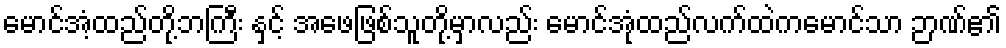
မောင်အံ့ထည်တို့ဘကြီး နှင့် အဖေဖြစ်သူတို့မှာလည်း မောင်အုံထည်လက်ထဲကမောင်သာ ဉာဏ်၏